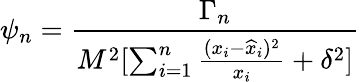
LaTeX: \psi_{n}={\frac{\Gamma_{n}}{M^{2}[\sum_{i=1}^{n}{\frac{(x_{i}-{\widehat x}_{i})^{2}}{x_{i}}}+\delta^{2}]}}